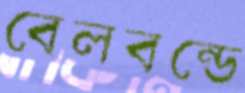
বেলবন্ডে